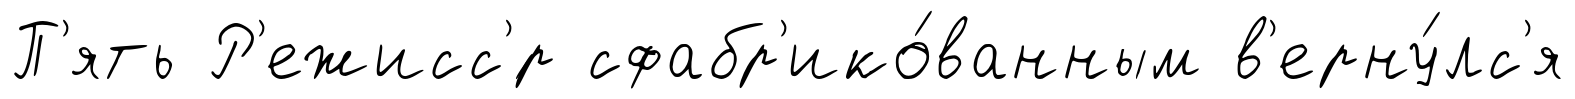
П'ять Р'ежисс'́р сфабр'ико́ванным в'ерну́лс'я